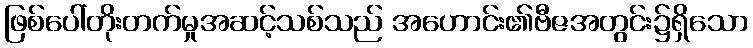
ဖြစ်ပေါ်တိုးတက်မှုအဆင့်သစ်သည် အဟောင်း၏ဗီဇအတွင်း၌ရှိသော